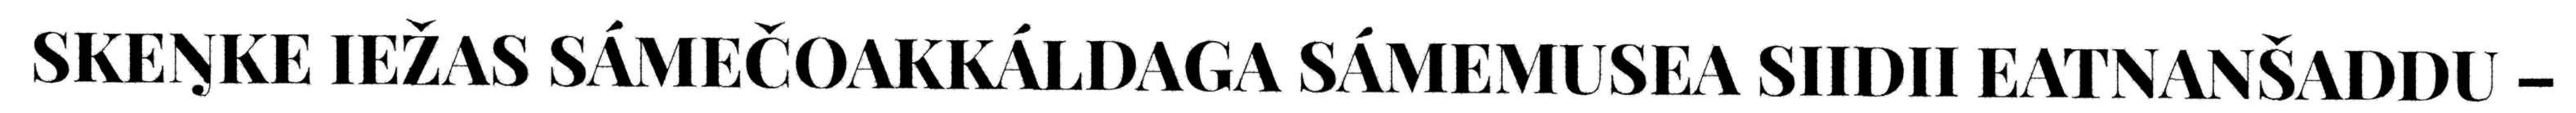
SKEŊKE IEŽAS SÁMEČOAKKÁLDAGA SÁMEMUSEA SIIDII EATNANŠADDU –